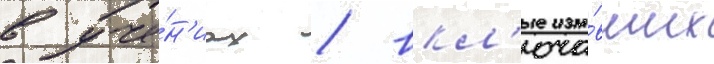
в уче́н'иах / вкл'юча́вших